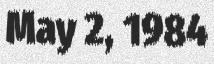
May 2, 1984